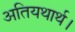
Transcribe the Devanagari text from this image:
अतियथार्थ।